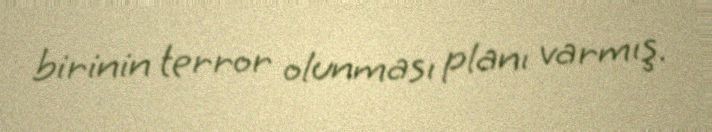
birinin terror olunması planı varmış.